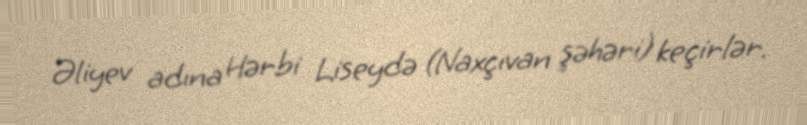
Əliyev adına Hərbi Liseydə (Naxçıvan şəhəri) keçirlər.